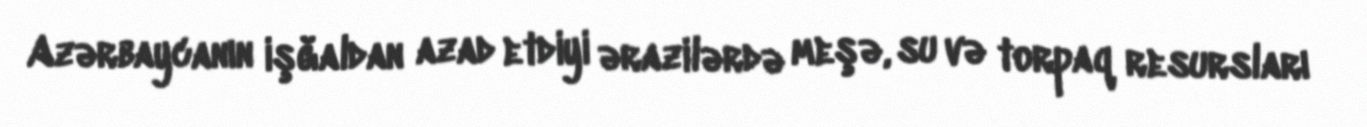
Azərbaycanın işğaldan azad etdiyi ərazilərdə meşə, su və torpaq resursları